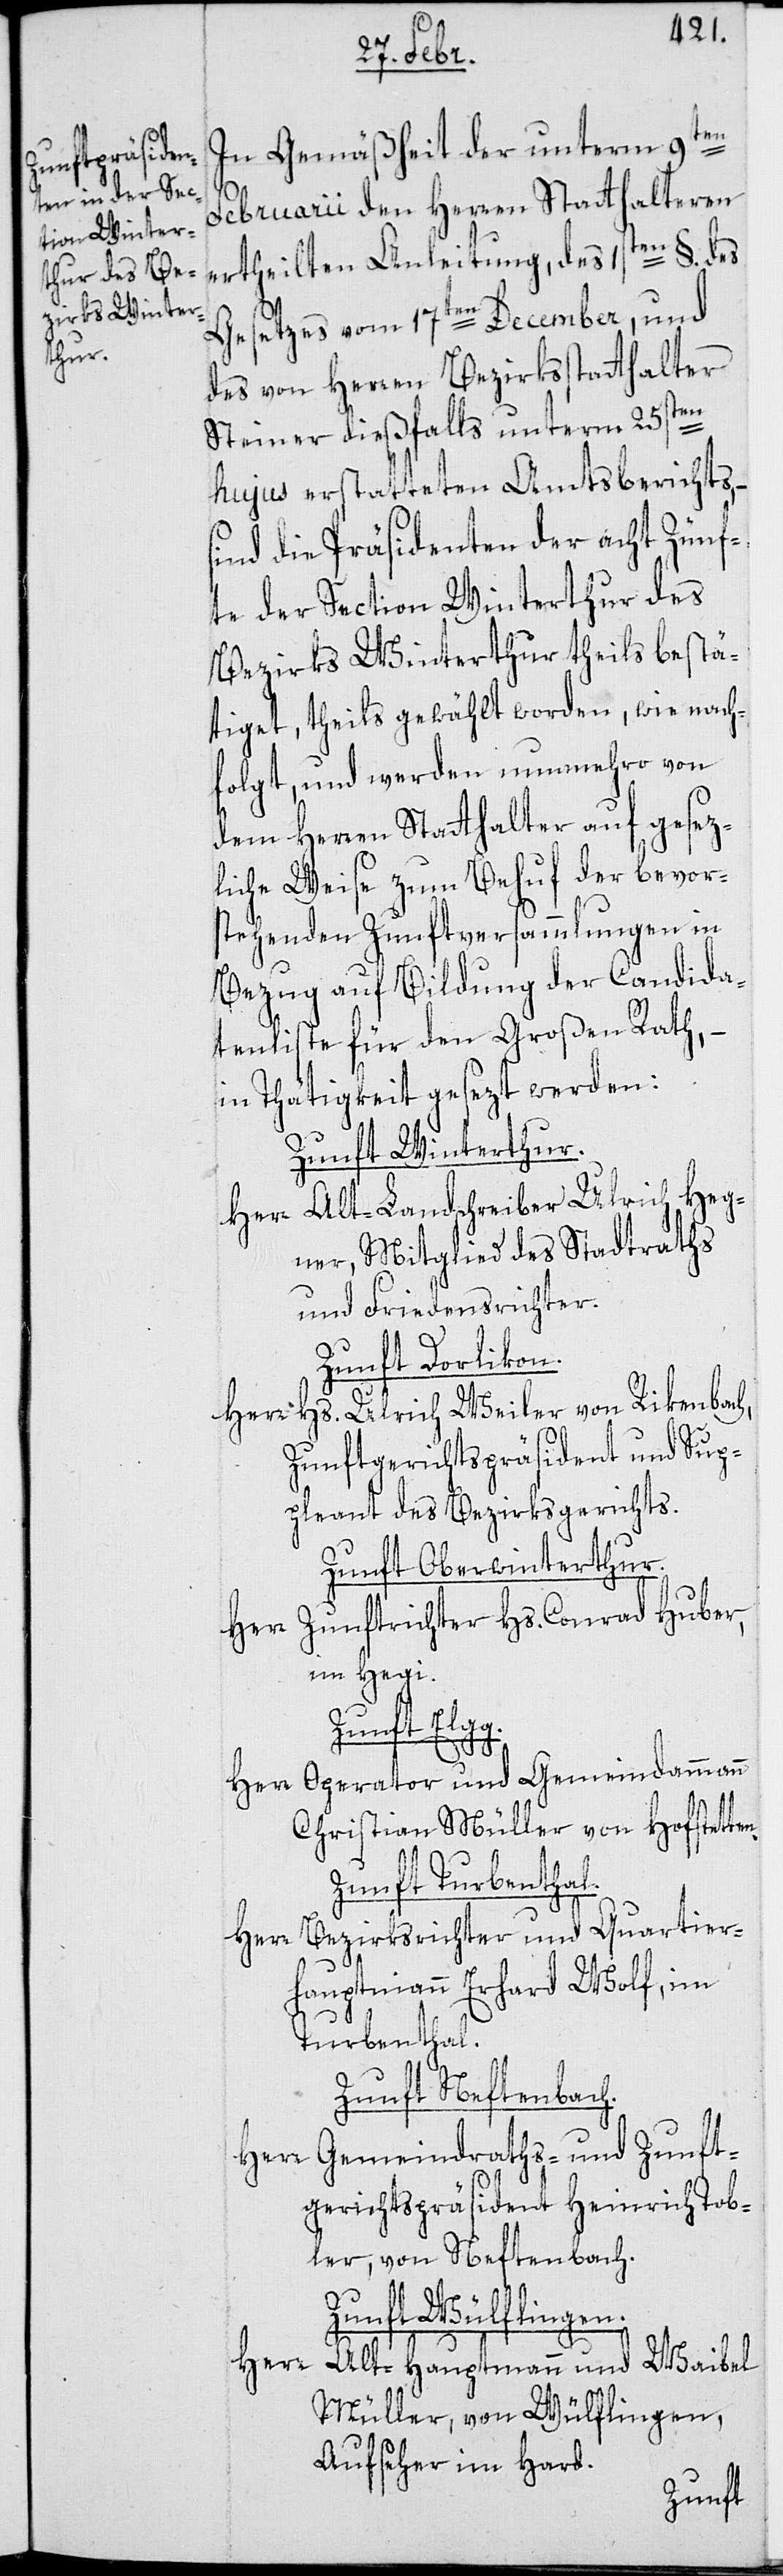
In Gemäßheit der unterm 9ten
Februarii den Herren Statthalteren
theilten Anleitung, des 1sten §. des
Gesetzes vom 17ten December, und
des von Herren Bezirksstatthalter
Steiner dießfalls unterm 25sten
hujus erstatteten Amtsberichts, –
sind die Präsidenten der acht Zünf¬
te der Section Winterthur des
Bezirks Winterthur theils bestä¬
tiget, theils gewählt worden, wie nach¬
folgt, und werden nunmehro von
dem Herren Statthalter auf gesez¬
liche Weise zum Behuf der bevors¬
tehenden Zunftversammlungen in
Bezug auf Bildung der Candida¬
tenliste für den Großen Rath, –
in Thätigkeit gesezt werden:
Zunft Winterthur.
Herr Alt-Landschreiber Ulrich Heg¬
ner, Mitglied des Stadtraths
und Friedensrichter.
Zunft Dorlikon.
Hs. Ulrich Weiler von Rikenbach,
er¬
Zunftgerichtspräsident und Sup¬
pleant des Bezirksgerichts.
Zunft Oberwinterthur.
Herr Zunftrichter Hs. Conrad Huber,
im Hegi.
Zunft Elgg.
Herr Operator und Gemeindammann
Christian Müller von Hofstetten.
Zunft Turbenthal.
Herr Bezirksrichter und Quartier¬
hauptmann Erhard Wolf, im
Turbenthal.
Zunft Neftenbach.
Gemeindraths- und Zunft¬
Herr
gerichtspräsident Heinrich Tob¬
ler, von Neftenbach.
Zunft Wülflingen.
Herr Alt-Hauptmann und Waibel
Müller, von Wülflingen,
Aufseher im Hard.